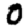
Digit: 0